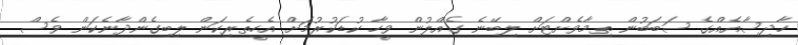
ހާދިސާއެއްގެ ސަބަބުން ތިމާވެށްޓަށް ލިބޭނެ ގެއްލުން ވީހާ ކުޑަކުރުމަށް އެހީތެރިކަން ލިބިގެންދާނެކަން ވެސް